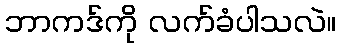
ဘာကဒ်ကို လက်ခံပါသလဲ။